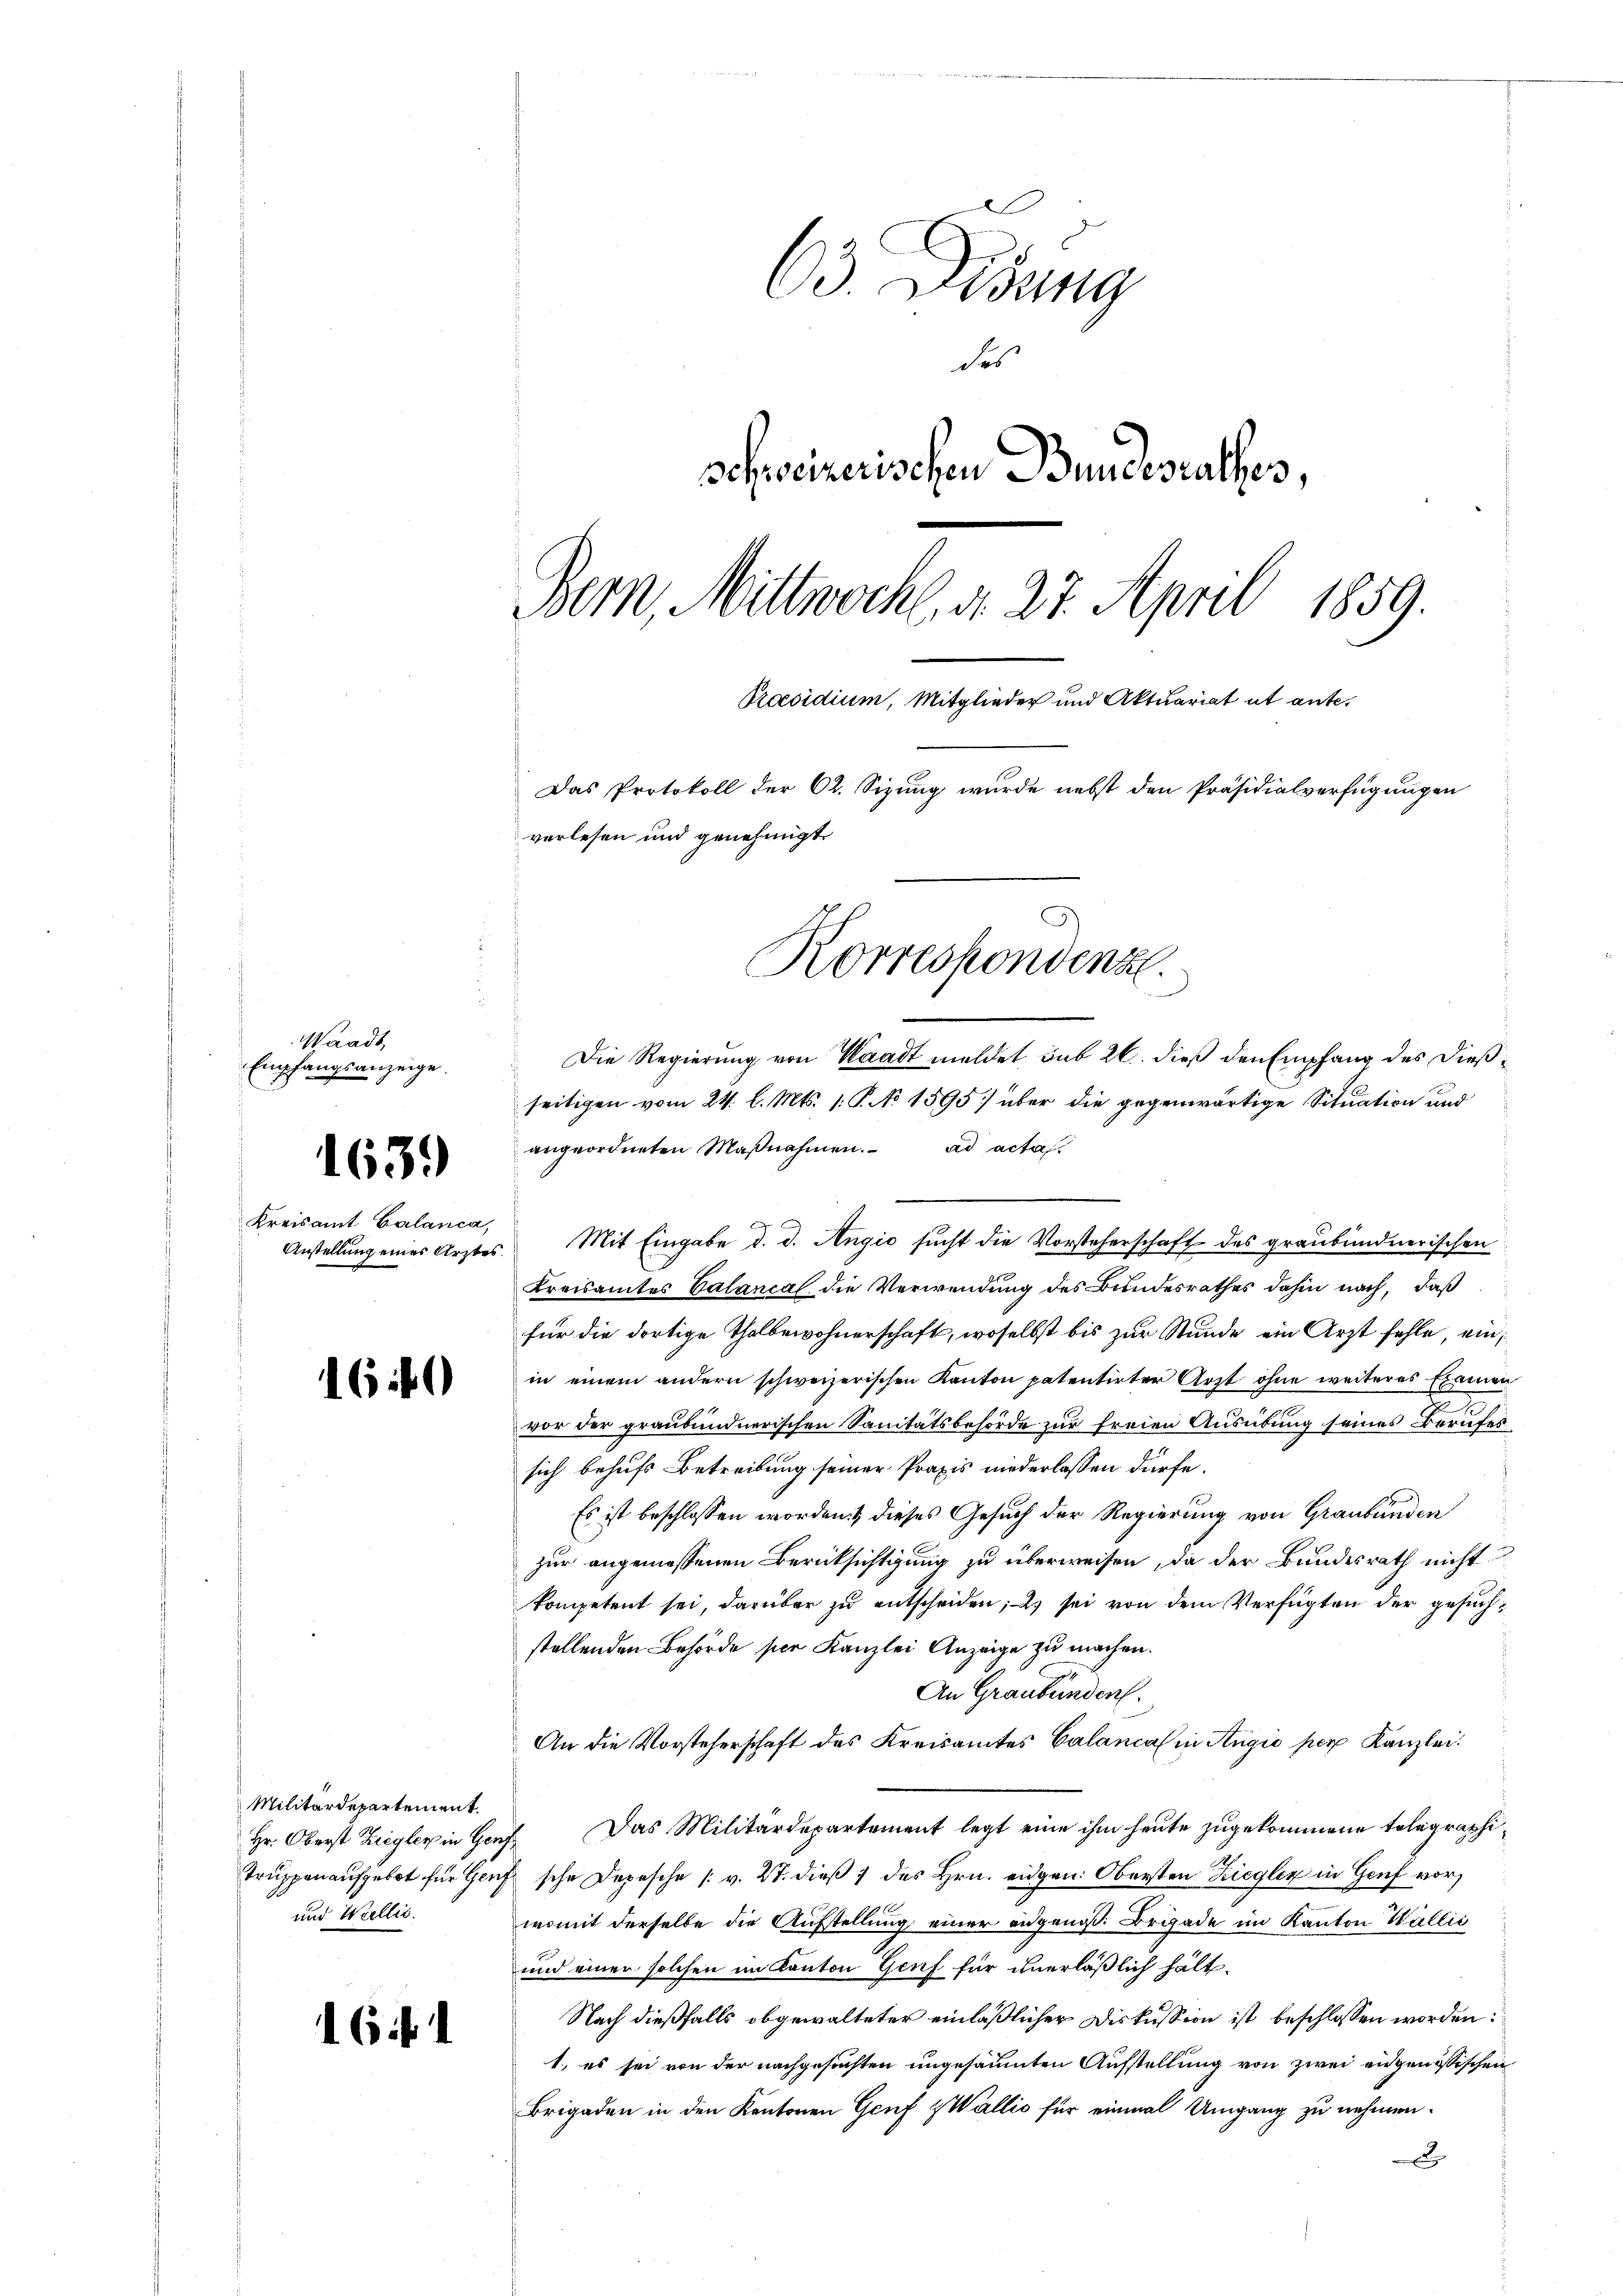
Waadt,
Empfangsanzeige.

163.

Kreisamt Calanca,

160

Militärdepartement.
und Wallis.

16

63. Disung
des
schweizerischen Bundesrathes,
Bern, Mittwoch, d. 27. April 1859.
Praesidium, Mitglieder und Aktuariat ut ante¬
Das Protokoll der 62. Sizung wurde nebst den Präsidialverfügungen
verlesen und genehmigt.

angeordneten Maβnahmen. ad acta
Anstellung eines Arztes Mit Eingabe d. d. Angio sucht die Vorsteherschaft des graubündnerischen
Kreisamtes Calancal die Verwendung des Bundesrathes dahin nach, daß
für die dortige Thalbewohnerschaft, woselbst bis zur Stunde ein Arzt fehle, ein
in einem andern schweizerischen Kanton patentirter Arzt ohne weiteres Examen
2
vor der graubündnerischen Sanitätsbehörde zur freien Ausübung seines Berufes
sich behufs Betreibung seiner Praxis niederlassen dürfe.
Es ist beschlossen worden & dieses Gesuch der Regierung von Graubünden
zur angemessenen Berücksichtigung zu überweisen, da der Bundesrath nicht
kompetent sei, darüber zu entscheiden; - 2) sei von dem Verfügten der gesuchstellenden Behörde per Kanzlei Anzeige zu machen.
An Graubünden.
An die Vorsteherschaft des Kreisamtes Calancal in Angio per Kanzlei.
Hr. Oberst Ziegler in Genf. Das Militärdepartement legt eine ihm heute zugekommene tolegraphi¬
Trŭppen aŭfgebot für Genf sche Depesche 1 v. 27. dieβ 7 des Hrn. eidgen: Obersten Ziegler in Genf vor
womit derselbe die Aufstellung einer angenoss. Brigade im Kanton Wallić
und einer solchen im Kanton Genf für unerläßlich hält.
Nach dießfalls obgewalteter einläßlicher Diskussion ist beschlossen worden:
1., es sei von der nachgesuchten ungesäumten Aufstellung von zwei eidgenössischen
Brigaden in den Kantonen Genf & Wallis für einmal Umgang zu nehmen.
x

Korrespondenz.

Die Regierung von Waadt meldet, sub 26. dieß den Empfang des dießseitigen vom 24. l. Mts. 1. P. No 1595) über die gegenwärtige Situation und